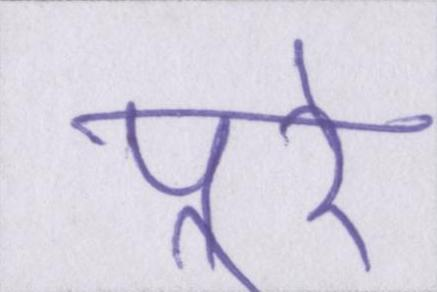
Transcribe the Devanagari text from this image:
पूरे